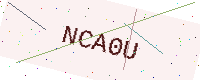
Text: NCA0U